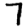
Digit: 7